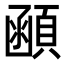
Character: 顄